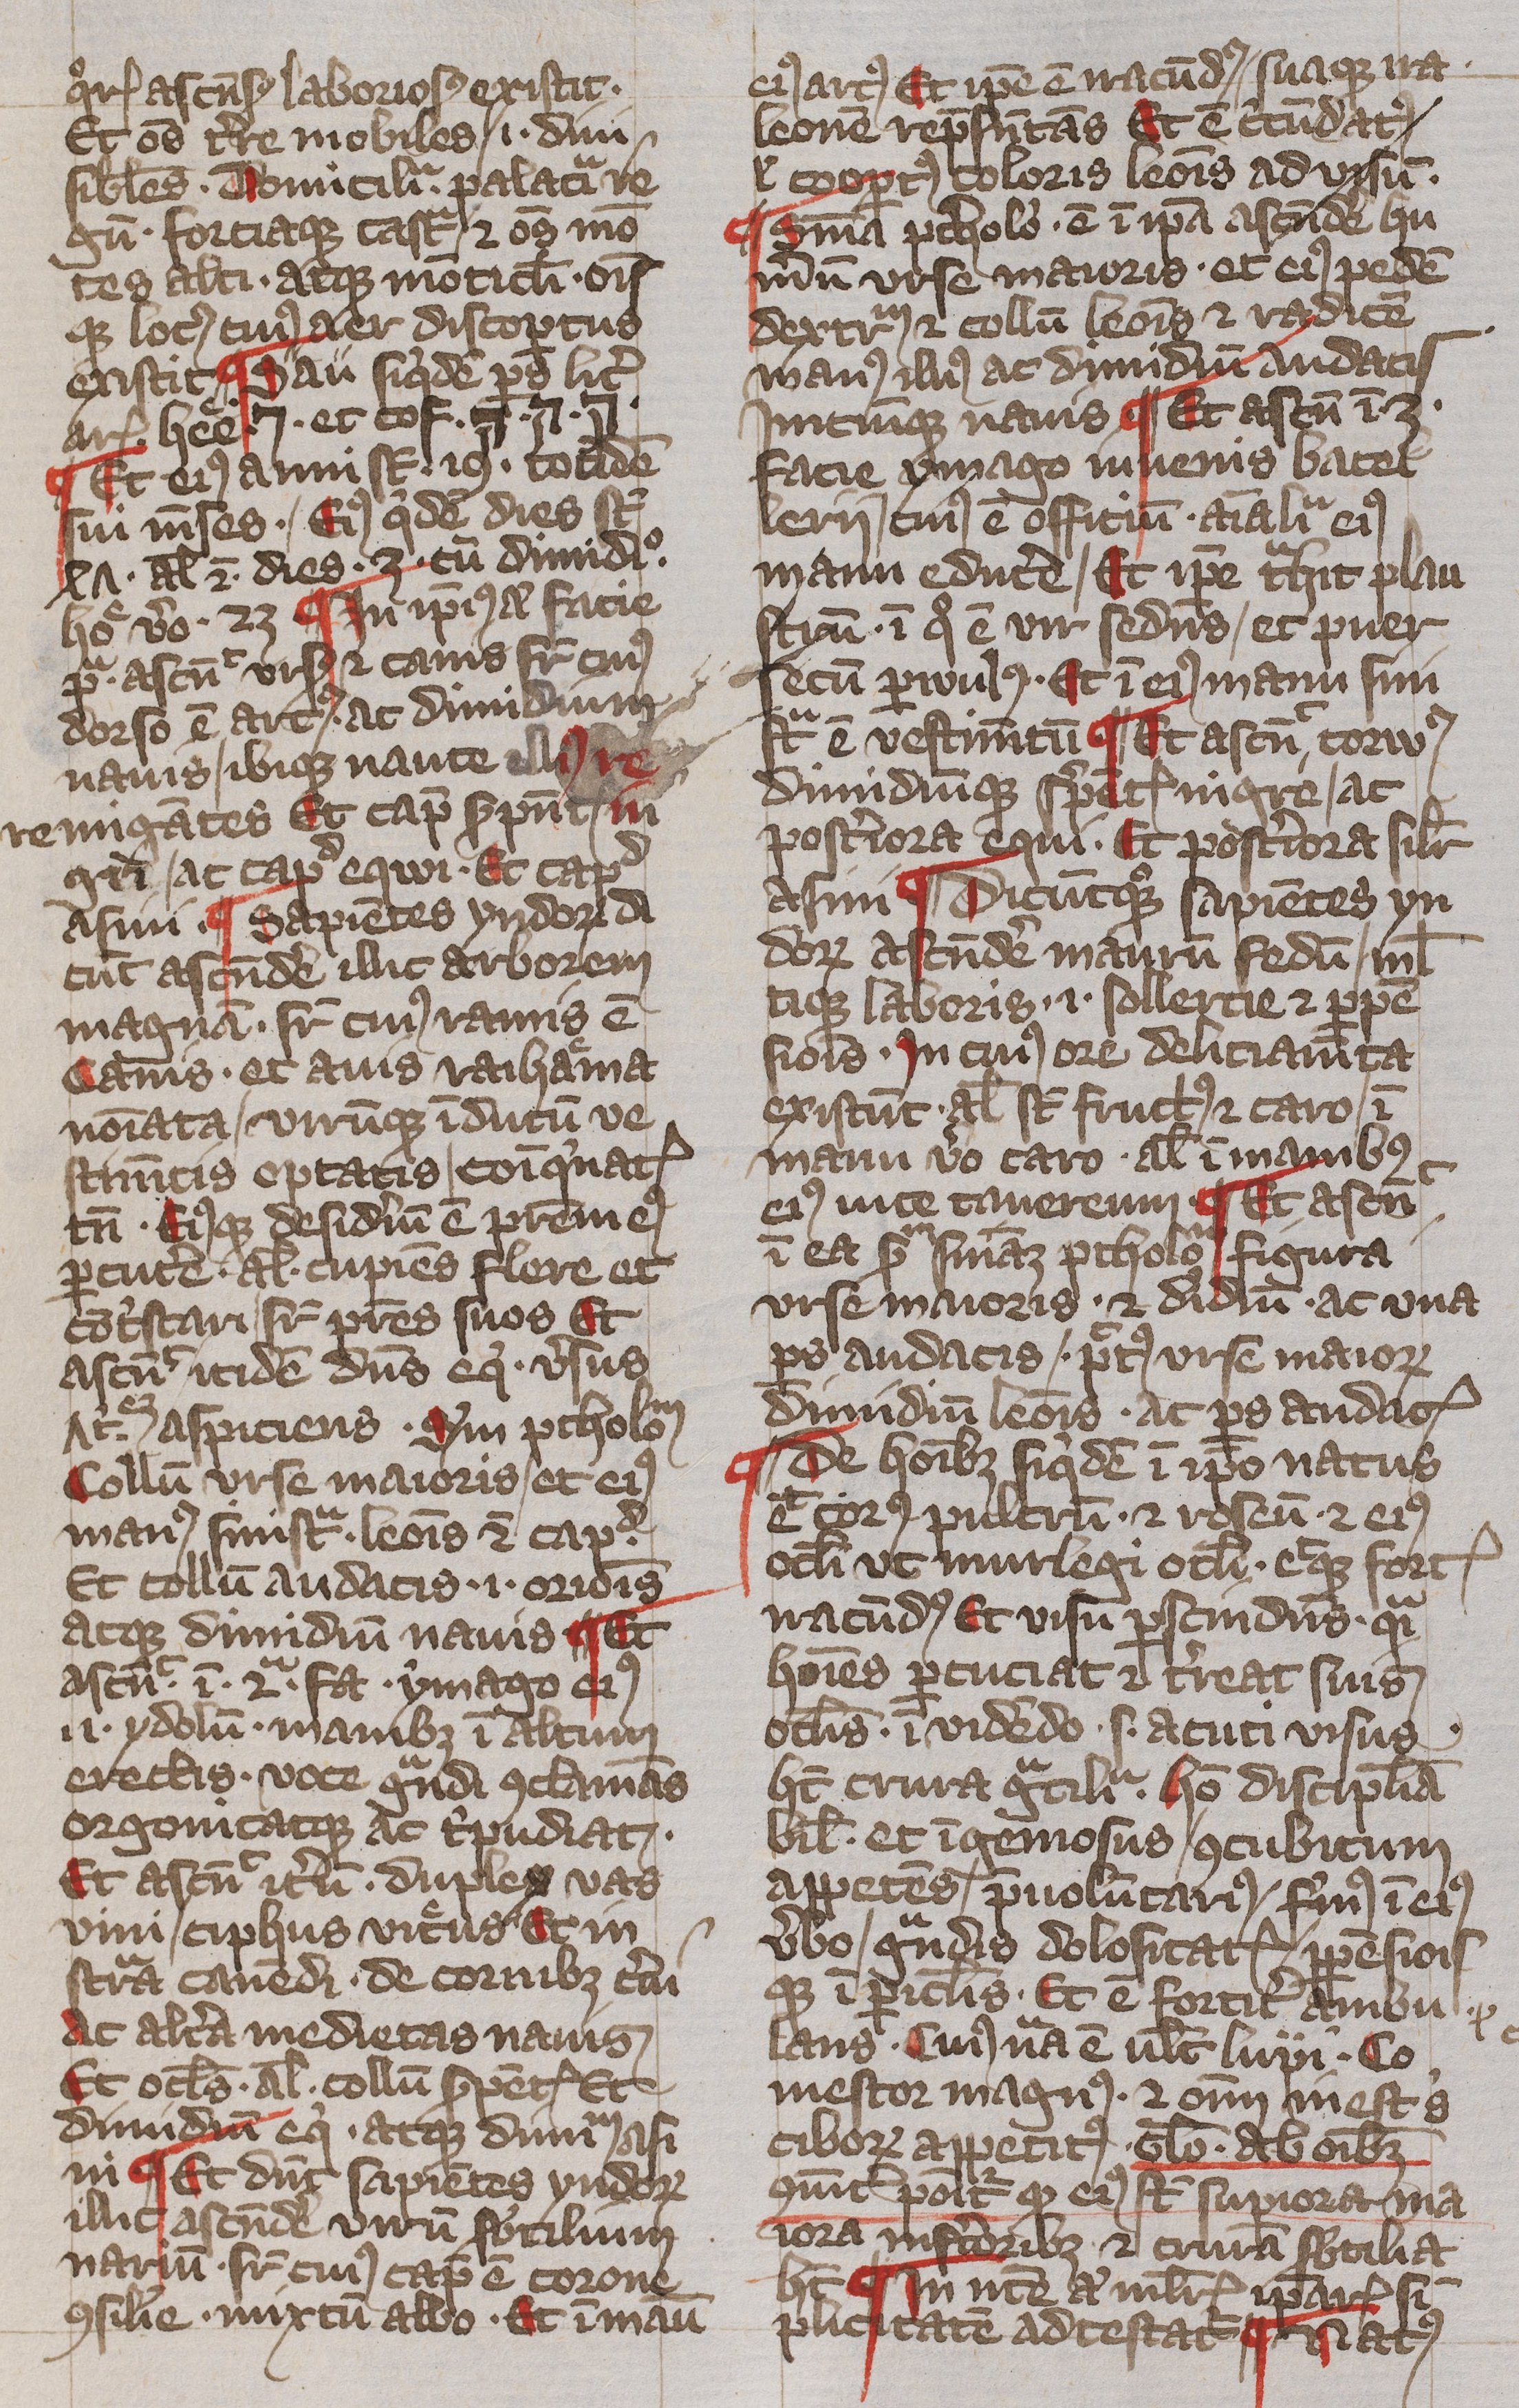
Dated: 1400–1499